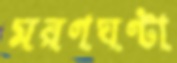
মরণঘণ্টা